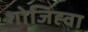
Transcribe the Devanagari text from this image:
गोजिह्वा